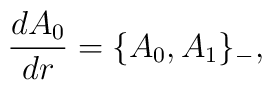
\frac{d A_0}{dr}=\{A_0,A_1\}_{-},